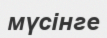
мүсінге